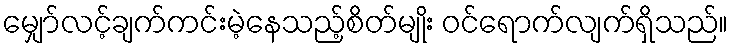
မျှော်လင့်ချက်ကင်းမဲ့နေသည့်စိတ်မျိုး ဝင်ရောက်လျက်ရှိသည်။